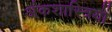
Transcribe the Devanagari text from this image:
अंकशास्त्रियों